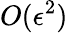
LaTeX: O(\epsilon^{2})